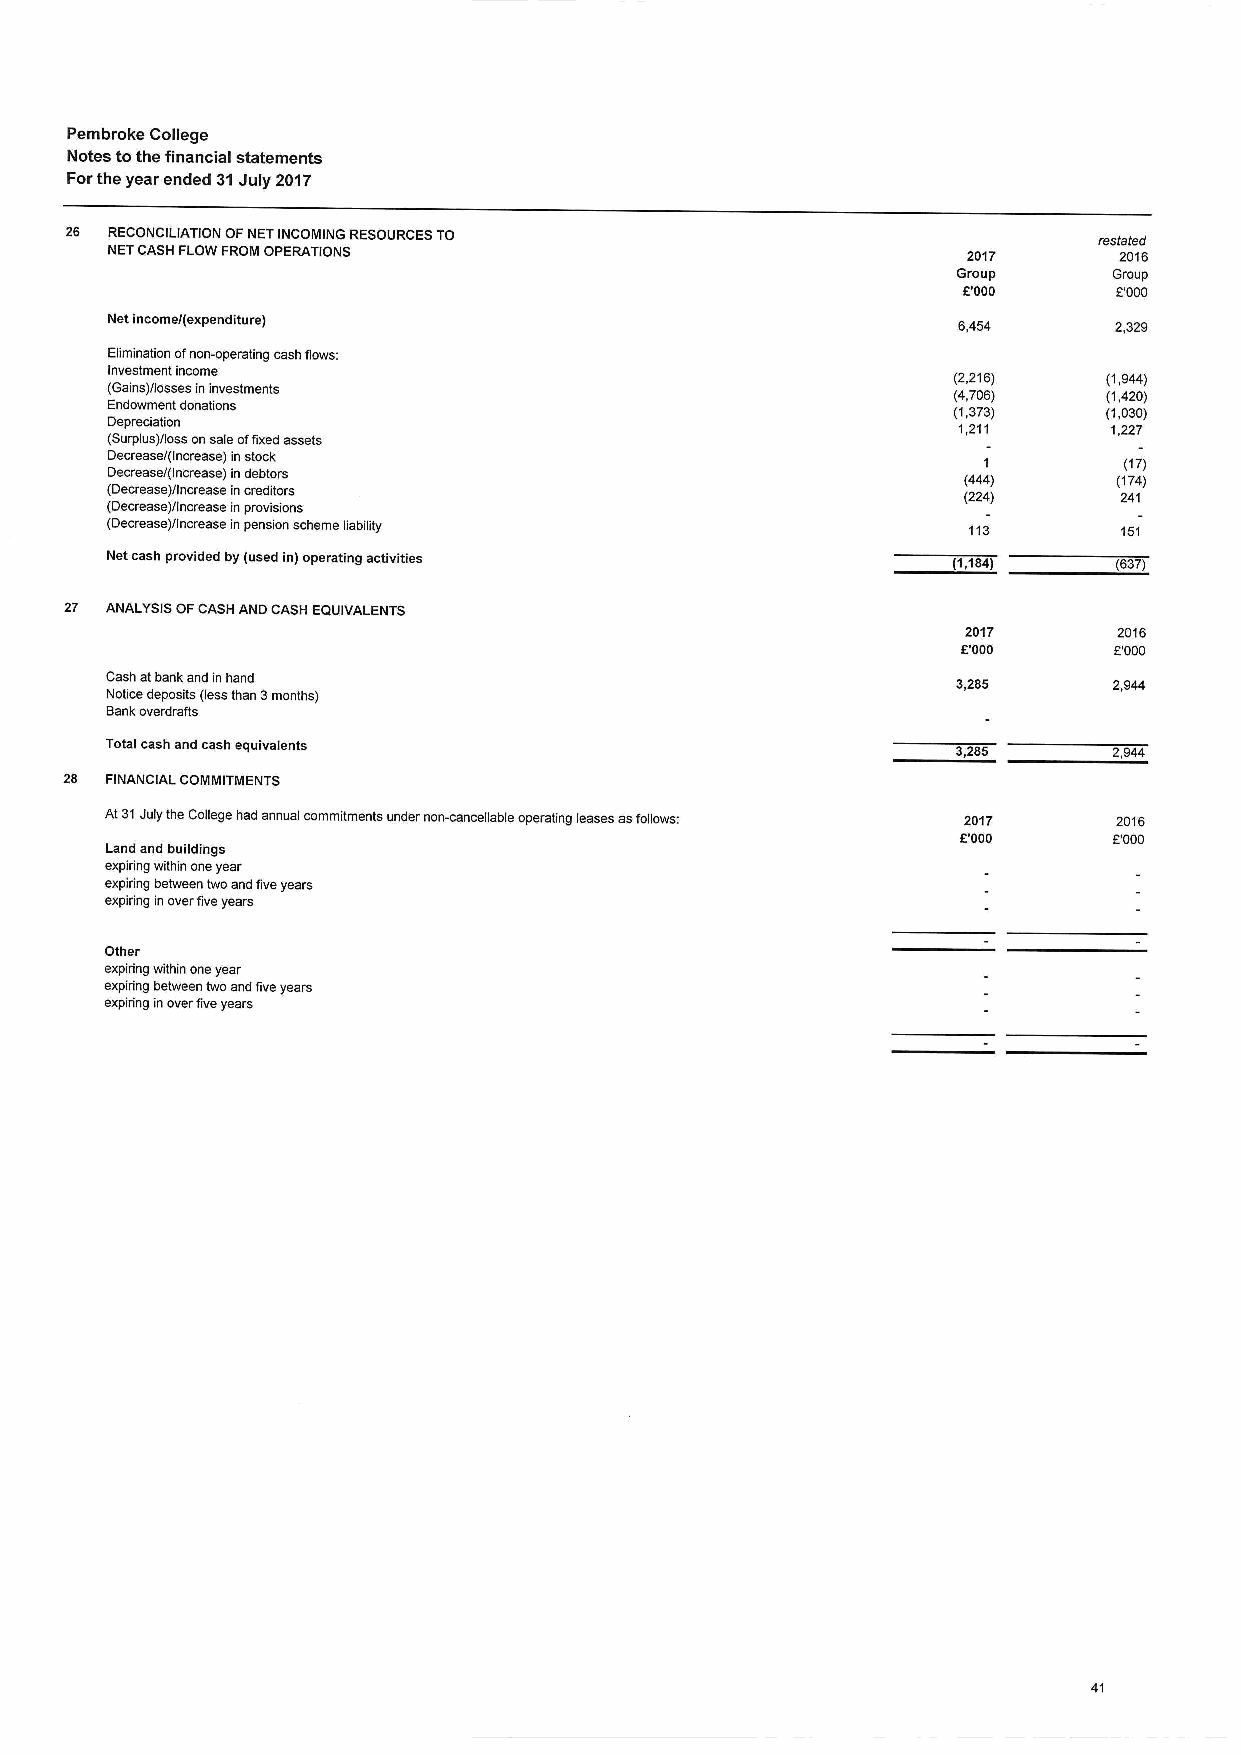
Pembroke College
 Notes tothe financial statements
 Forthe year ended 31July 2017
 26 RECONCILIATION OFNETINCOMING RESOURCESTO                          restated
 NETCASH FLOWFROM OPERATIONS                              2017      2016
 Group      Group
 K'000     2'000
 Net income/(expenditure)                                6,454      2,329
 Elimination ofnon-operating cash flows:
 Investment income                                       (2,216)   (1,944)
 (Gains)/losses ininvestments                            (4,706)   (1,420)
 Endowment donations                                     (1,373)   (1,030)
 Depreciation                                            1,211      1,227
 (Surplus)/loss onsale offixed assets
 D De ec cr re ea as se e/ /( (I In nc cr re ea as se e) ) i inns dt eo bc tk ors (4441
 )
 (1( 71 47 ))
 (Decrease)/Increase increditors
 (224)     241
 (Decrease)/Increase inprovisions
 (Decrease)/Increase inpension scheme liability           113       151
 Net cash provided by (used in)operating activities      (1,184)    (637)
 27 ANALYSIS OFCASH AND CASH EQUIVALENTS
 2017      2016
 5'000     L'000
 Cash atbank and inhand                                  3,285      2,944
 Notice deposits (lessthan 3months)
 Bank overdratts
 Total cash and cash equivalents                         3,285      2,944
 28 FINANCIAL COMMITMENTS
 At31Julythe College had annual commitments under non-cancellable operating leases asfollows: 2017 2016
 8.'000     6'000
 Land and buildings
 expiring within oneyear
 expiring between two and fiveyears
 expiring inoverfiveyears
 Other
 expiring within oneyear
 expiring between two and fiveyears
 expiring inoverfiveyears
 41